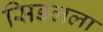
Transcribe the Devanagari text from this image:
सिडलला